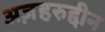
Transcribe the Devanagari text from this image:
अज़हरुद्दीन